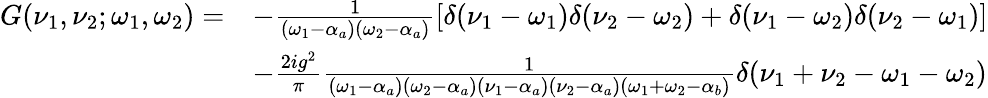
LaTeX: \begin{array}{rl}{G(\nu_{1},\nu_{2};\omega_{1},\omega_{2})=}&{-\frac{1}{(\omega_{1}-\alpha_{a})(\omega_{2}-\alpha_{a})}[\delta(\nu_{1}-\omega_{1})\delta(\nu_{2}-\omega_{2})+\delta(\nu_{1}-\omega_{2})\delta(\nu_{2}-\omega_{1})]}\\ &{-\frac{2ig^{2}}{\pi}\frac{1}{(\omega_{1}-\alpha_{a})(\omega_{2}-\alpha_{a})(\nu_{1}-\alpha_{a})(\nu_{2}-\alpha_{a})(\omega_{1}+\omega_{2}-\alpha_{b})}\delta(\nu_{1}+\nu_{2}-\omega_{1}-\omega_{2})}\end{array}